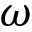
\omega